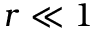
r \ll 1